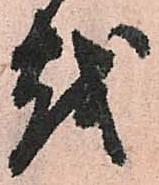
越